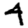
Digit: 4